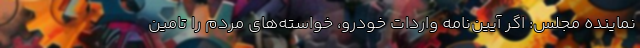
نماینده مجلس: اگر آیین‌نامه واردات خودرو، خواسته‌های مردم را تامین